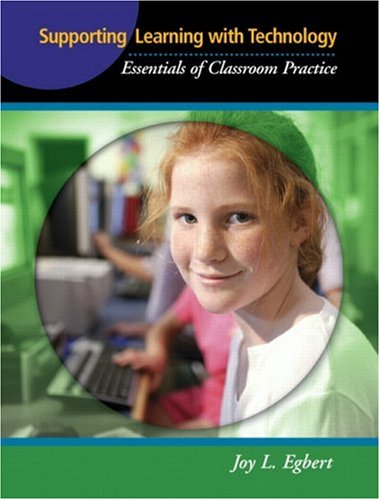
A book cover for Supporting Learning with Technology: Essentials of Classroom Practice; Joy L. Egbert; Education & Teaching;